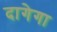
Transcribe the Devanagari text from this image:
दागेगा